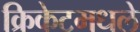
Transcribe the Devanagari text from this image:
क्रिकेटमधले